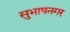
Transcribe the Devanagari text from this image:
सुभाषनगर